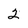
Character: 2